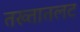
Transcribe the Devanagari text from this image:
तख्तातलट